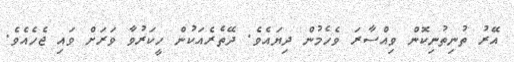
އޭރު ތުނިތުނިކޮން ވިއްސާރަ ވެހެމުން ދިޔައެވެ. ދޭތެރެއަކުން ހީކަރުވާ ވަރަށް ވައި ޖެހެއެވެ.